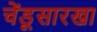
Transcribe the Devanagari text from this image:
चेंडूसारखा